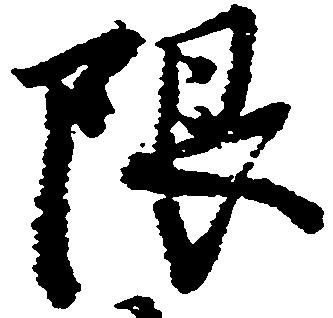
限